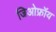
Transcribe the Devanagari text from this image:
जिओफ्रॉय